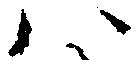
ハ